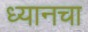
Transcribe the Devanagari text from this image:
ध्यानचा